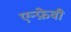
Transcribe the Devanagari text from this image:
एन्फ़ेवी